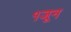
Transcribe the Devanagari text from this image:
१जून